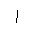
Letter: _alif